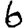
Digit: 6